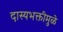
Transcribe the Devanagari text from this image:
दास्यभक्तीमुळे